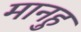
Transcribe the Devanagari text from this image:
मानहु